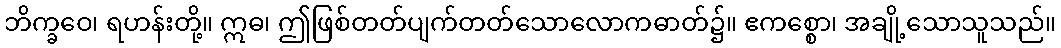
ဘိက္ခဝေ၊ ရဟန်းတို့။ ဣဓ၊ ဤဖြစ်တတ်ပျက်တတ်သောလောကဓာတ်၌။ ဧကစ္စော၊ အချို့သောသူသည်။